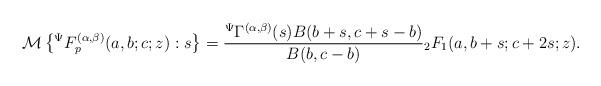
LaTeX: \begin{align*}\mathcal{M}\left\lbrace {}^{\Psi}F_{p}^{(\alpha,\beta)}(a,b;c;z):s\right\rbrace =\frac{{}^{\Psi}\Gamma^{(\alpha,\beta)}(s)B(b+s,c+s-b)}{B(b,c-b)}{}_{2}F_{1}(a,b+s;c+2s;z).\end{align*}